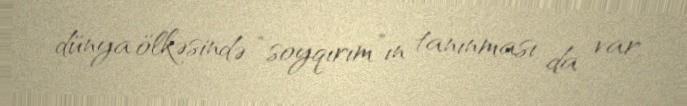
dünya ölkəsində “soyqırım”ın tanınması da var.